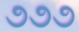
૭૭૭